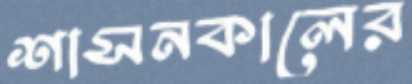
শাসনকালের